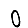
Digit: 0